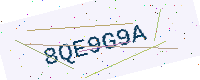
Text: 8QE9G9A